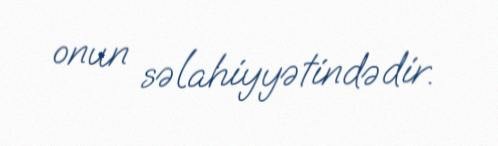
onun səlahiyyətindədir.